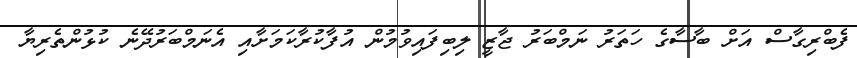
ފެބްރިގާސް އަށް ބާސާގެ ހަތަރު ނަމްބަރު ޖާޒީ ލިބިފައިވުމުން އުފާކުރާކަމަށާއި އެނަމްބަރުދޭނެ ކުޅުންތެރިޔާ